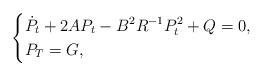
LaTeX: \begin{align*}\left\{\begin{aligned}&\dot{P}_t+2AP_t-B^2R^{-1}P^2_t+Q=0,\\&P_T=G,\end{aligned}\right.\end{align*}